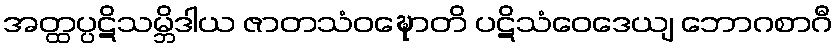
အတ္ထပ္ပဋိသမ္ဘိဒါယ ဇာတသံဝဍ္ဎောတိ ပဋိသံဝေဒေယျ ဘောဂစာဂီ